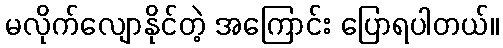
မလိုက်လျောနိုင်တဲ့ အကြောင်း ပြောရပါတယ်။